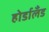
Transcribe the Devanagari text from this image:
होर्डालँड